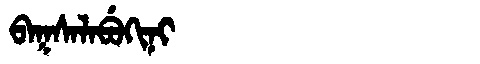
Manchu: ᠪᠠᡴᠰᠠᠯᠠᠪᡠᡴᡳᠨᡳ
Romanization: BAKSALABUKINI